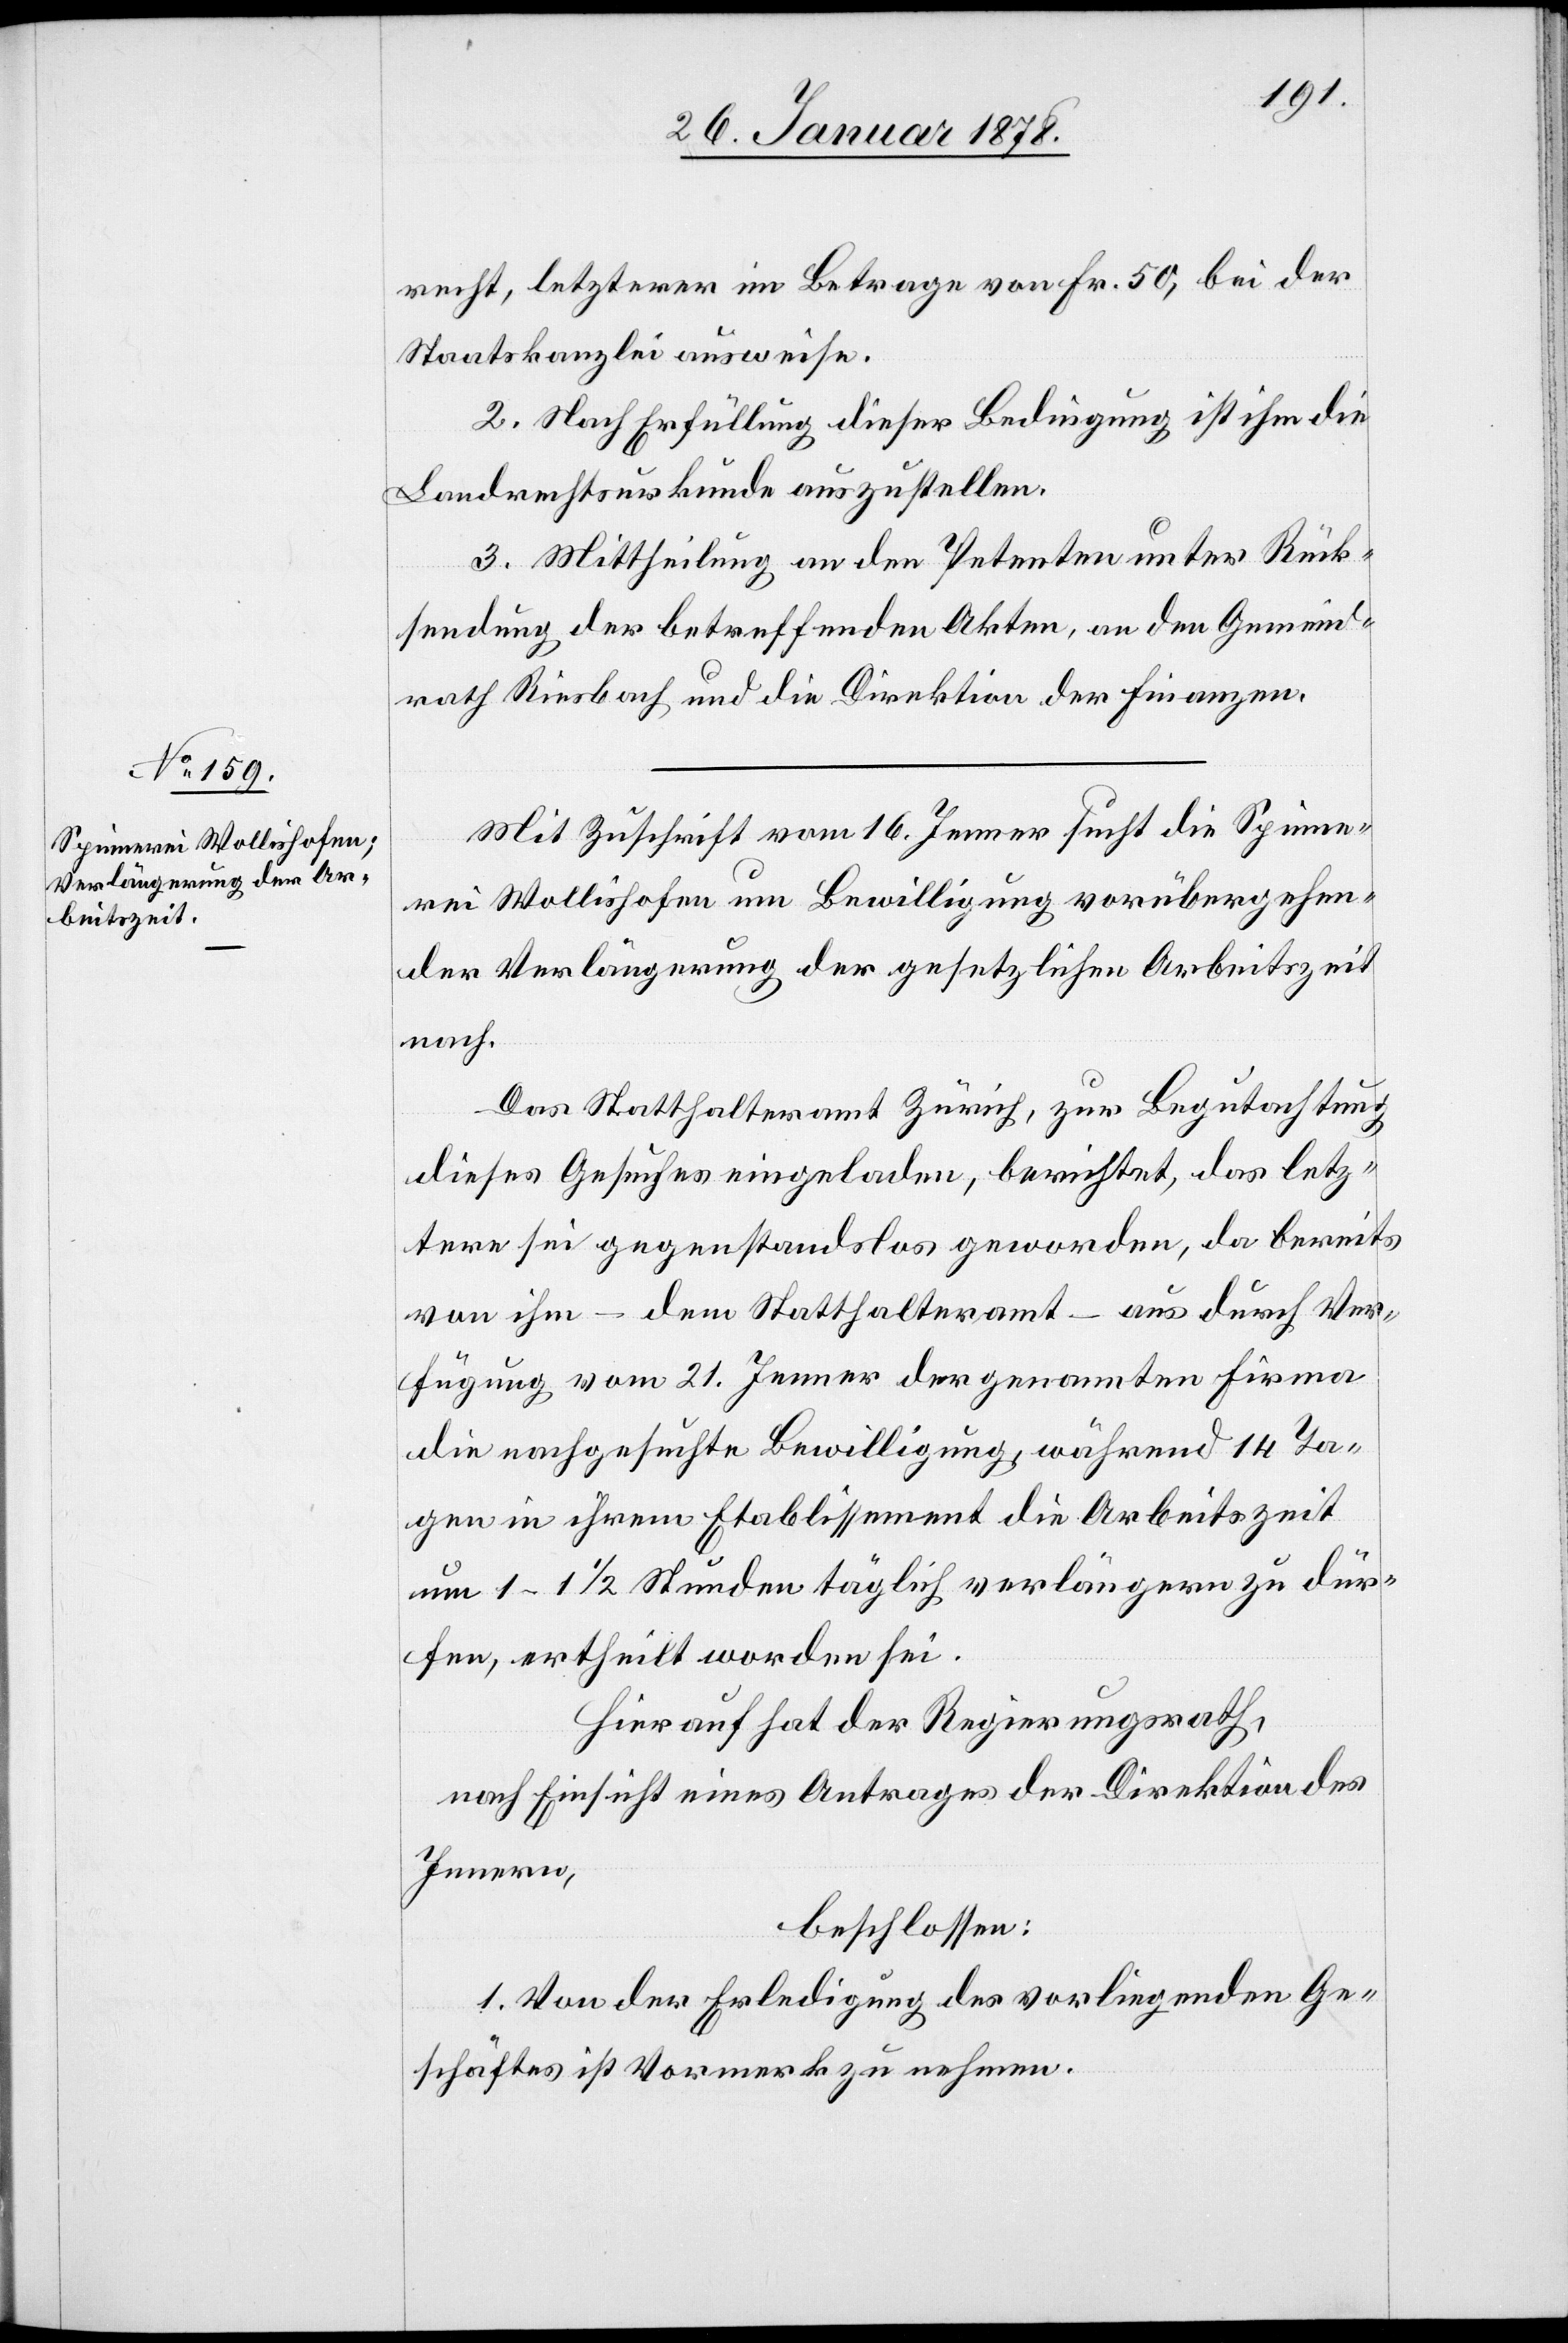
recht, letzterer im Betrage von Fr. 50, bei der
Staatskanzlei ausweise.
2. Nach Erfüllung dieser Bedingung ist ihm die
Landrechtsurkunde auszustellen.
3. Mittheilung an den Petenten unter Rück¬
sendung der betreffenden Akten, an den Gemeind¬
rath Riesbach und die Direktion der Finanzen.
Mit Zuschrift vom 16. Jenner sucht die Spinne¬
rei Wollishofen um Bewilligung vorübergehen¬
der Verlängerung der gesetzlichen Arbeitszeit
nach.
Das Statthalteramt Zürich, zur Begutachtung
dieses Gesuches eingeladen, berichtet, das letz¬
tere sei gegenstandslos geworden, da bereits
von ihm – dem Statthalteramt – aus durch Ver¬
fügung vom 21. Jenner der genannten Firma
die nachgesuchte Bewilligung, während 14 Ta¬
gen in ihrem Etablissement die Arbeitszeit
um 1–1 1/2 Stunden täglich verlängern zu dür¬
fen, ertheilt worden sei.
Hierauf hat der Regierungsrath,
nach Einsicht eines Antrages der Direktion des
Innern,
beschlossen:
1. Von der Erledigung des vorliegenden Ge¬
schäftes ist Vormerk zu nehmen.